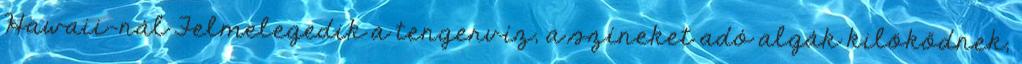
Hawaii-nál Felmelegedik a tengervíz, a színeket adó algák kilökődnek,